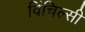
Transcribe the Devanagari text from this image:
विंचिल्सी